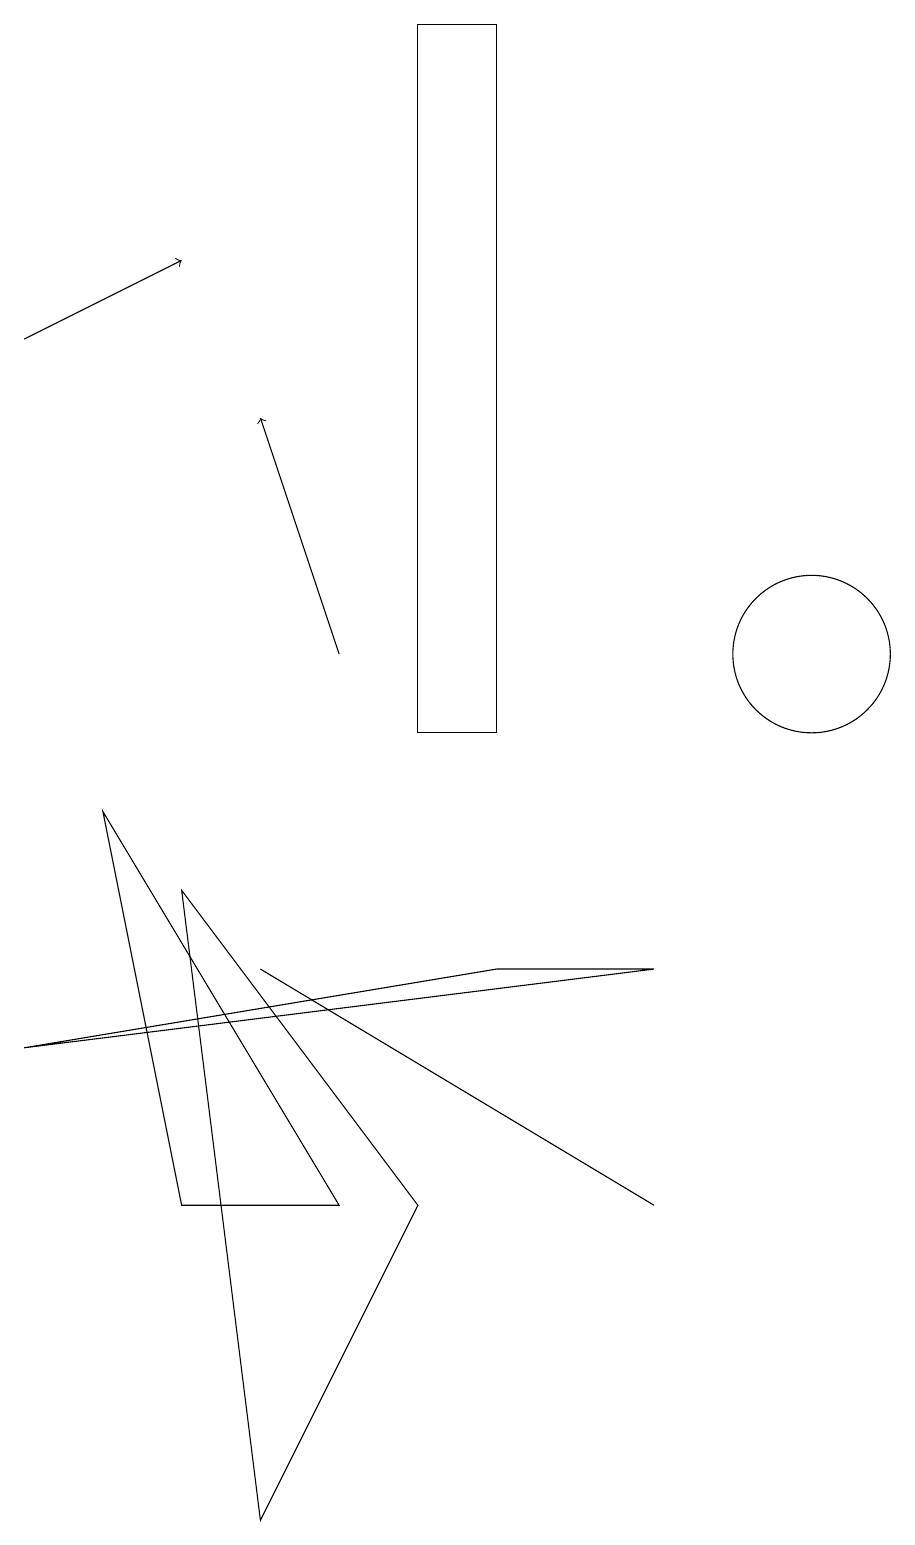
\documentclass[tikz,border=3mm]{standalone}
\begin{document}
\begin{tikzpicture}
\draw[->] (1,15) -- (3,16);
\draw (5,4) -- (3,4) -- (2,9) -- cycle;
\draw[->] (5,11) -- (4,14);
\draw (9,4) -- (9,4) -- (4,7) -- cycle;
\draw (4,0) -- (6,4) -- (3,8) -- cycle;
\draw (7,19) rectangle (6,10);
\draw (9,7) -- (7,7) -- (1,6) -- cycle;
\draw (11,11) circle (1);
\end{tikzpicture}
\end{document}